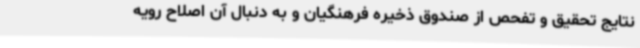
نتایج تحقیق و تفحص از صندوق ذخیره فرهنگیان و به دنبال آن اصلاح رویه